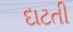
દાટતી